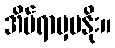
အိပ်ရာမှမနိုး။